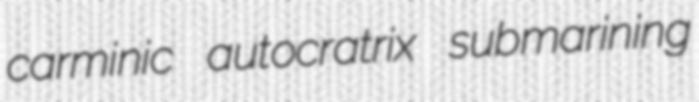
carminic autocratrix submarining